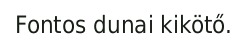
Fontos dunai kikötő.